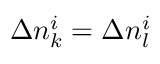
\Delta n _ { k } ^ { i } = \Delta n _ { l } ^ { i }